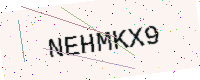
Text: NEHMKX9